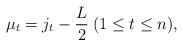
LaTeX: \begin{align*} \mu _t = j_t - \frac{L}{2} \medspace ( 1 \leq t \leq n ),\end{align*}